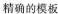
精确的模板